Civil Veterinary Department Bihar reports 1940-50 - 1940-1950
Year: 1940
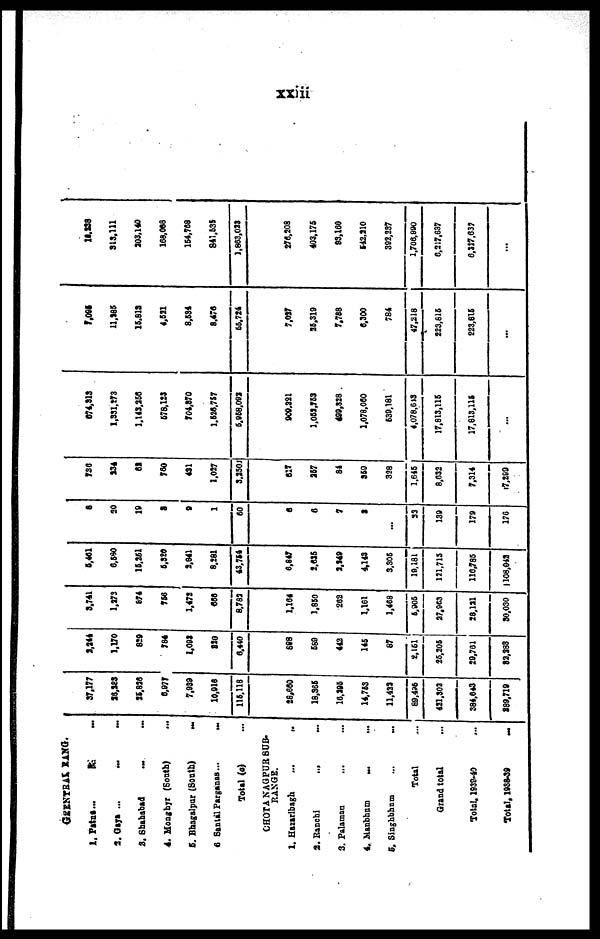
xxiii
GRENTRAK RANG.
1. Print... ...
2. Gaya ... ... ...
3. Shahabad ... ...
4. Monghyr (South) ...
5. Bhagalpur (South)
...
6 Santal Parganas ...
...
Total (a) ...
CHOTA NAGPUR SUB-
RANGE.
1. Hazaribagh
...
..
2.
Ranchi
... ...
3. Palaman ... ...
4. Manbhum ... ...
5. Singhbham
...
...
Total ...
Grand total ...
Total, 1930-40 ...
Total, 103849
...
37,177
26,283
25,826
6,977
7,939
10,916
| 115,118
28,660
18,365
16.396
14.763
11,422
89,426
431.303
384,643
889,719
3.344
1,170
829
784
1,093
830
0.440
688
689
442
146
87
2,151
25,205
29,781
82,288
3,741
1.373
674
756
1,472
666
8,782
1,164
1.860
262
1.181
1,468
6.905
27,963
28,131
30,030
5,461
6,580
16,361
5,320
3.841
8,281
43,784
6.847
2,636
2,249
4,143
3,305
19,181
121,715
116,785
1108,042
8
20
19
a
9
1
60
6
6
7
3
...
33
139
179
176
736
234
62
760
431
1,027
3,250
617
367
84
350
328
1,646
8,632
7,314
17,299
674,313
1,331,273
1.143,256
578,123
704,370
1,520 ,787
5,958,093
909.321
1,059,753
499,328
1,078.060
639,181
4,078,613
17,813,116
17,813,115
...
7,095
11,285
15,812
4,631
8,634
8.476
55,724
7,037
36,319
7,788
6,300
784
47,218
223,816
223,815
...
10,238
313.111
303.140
168,088
164.768
841.636
1,863,033
276,208
403,175
83,160
642,310
392,237
1,706,900
6,217,637
6,117,637
...